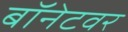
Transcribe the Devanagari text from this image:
बॉनेटवर